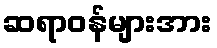
ဆရာဝန်များအား